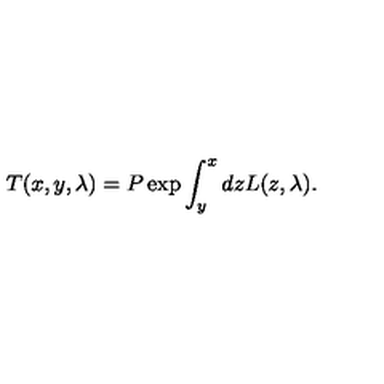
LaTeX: T ( x , y , \lambda ) = P \exp \int _ { y } ^ { x } d z L ( z , \lambda ) .